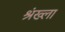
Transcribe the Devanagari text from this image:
श्रंख्ला